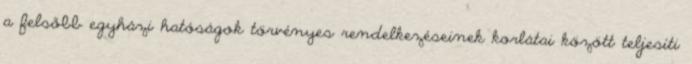
a felsőbb egyházi hatóságok törvényes rendelkezéseinek korlátai között teljesíti